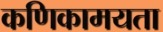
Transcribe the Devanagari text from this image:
कणिकामयता